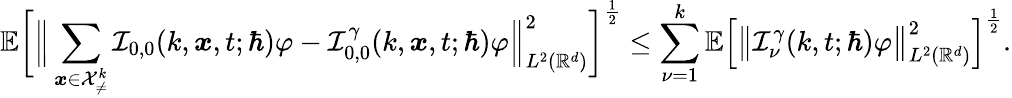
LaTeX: \mathbb{E}\bigg[\Big\lVert\sum_{\boldsymbol{x}\in\mathcal{X}_{\neq}^{k}}\mathcal{I}_{0,0}(k,\boldsymbol{x},t;\hbar)\varphi-\mathcal{I}_{0,0}^{\gamma}(k,\boldsymbol{x},t;\hbar)\varphi\Big\rVert_{L^{2}(\mathbb{R}^{d})}^{2}\bigg]^{\frac{1}{2}}\leq\sum_{\nu=1}^{k}\mathbb{E}\Big[\big\lVert\mathcal{I}_{\nu}^{\gamma}(k,t;\hbar)\varphi\big\rVert_{L^{2}(\mathbb{R}^{d})}^{2}\Big]^{\frac{1}{2}}.